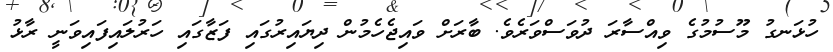
ހުޅަނގު މޫސުމުގެ ވިއްސާރަ ދުވަސްވަރެވެ. ބާރަށް ވައިޖެހެމުން ދިޔައިރުގައި ފަޒާގައި ހަރުލައިފައިވަނީ ރާޅު